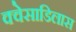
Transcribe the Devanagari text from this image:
क्वेसाडिलास